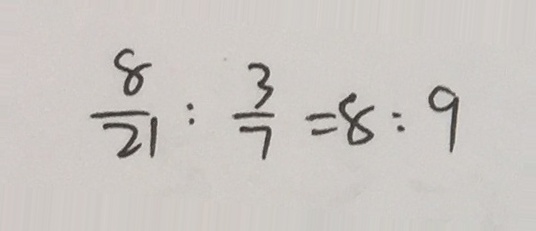
\frac { 8 } { 2 1 } : \frac { 3 } { 7 } = 8 : 9